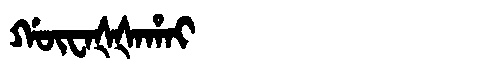
Manchu: ᡤᡡᠸᠠᡧᡧᠠᡥᠠᡳ
Romanization: GŪWAŠŠAHAI